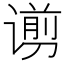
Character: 谫